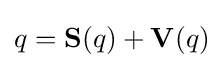
q=\mathbf {S} (q)+\mathbf {V} (q)